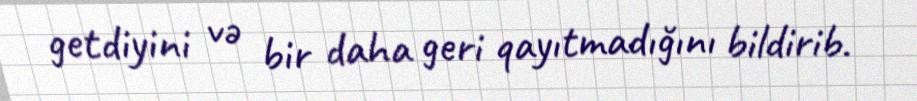
getdiyini və bir daha geri qayıtmadığını bildirib.